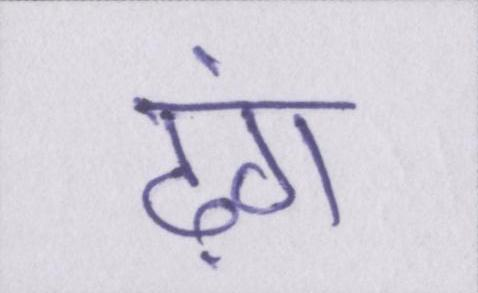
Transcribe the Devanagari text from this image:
ढ़ंग